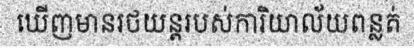
ឃើញមានរថយន្តរបស់ការិយាល័យពន្លត់